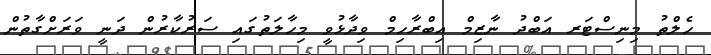
ހެލްތު މިނިސްޓަރ އަބްދު ނާޒިމް އިބްރާހިމް ވިދާޅުވީ މިހާލަތުގައި ސަރުކާރުން ދަނީ ވަރަށްގާތުން